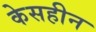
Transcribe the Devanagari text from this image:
केसहीन